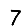
Digit: 7